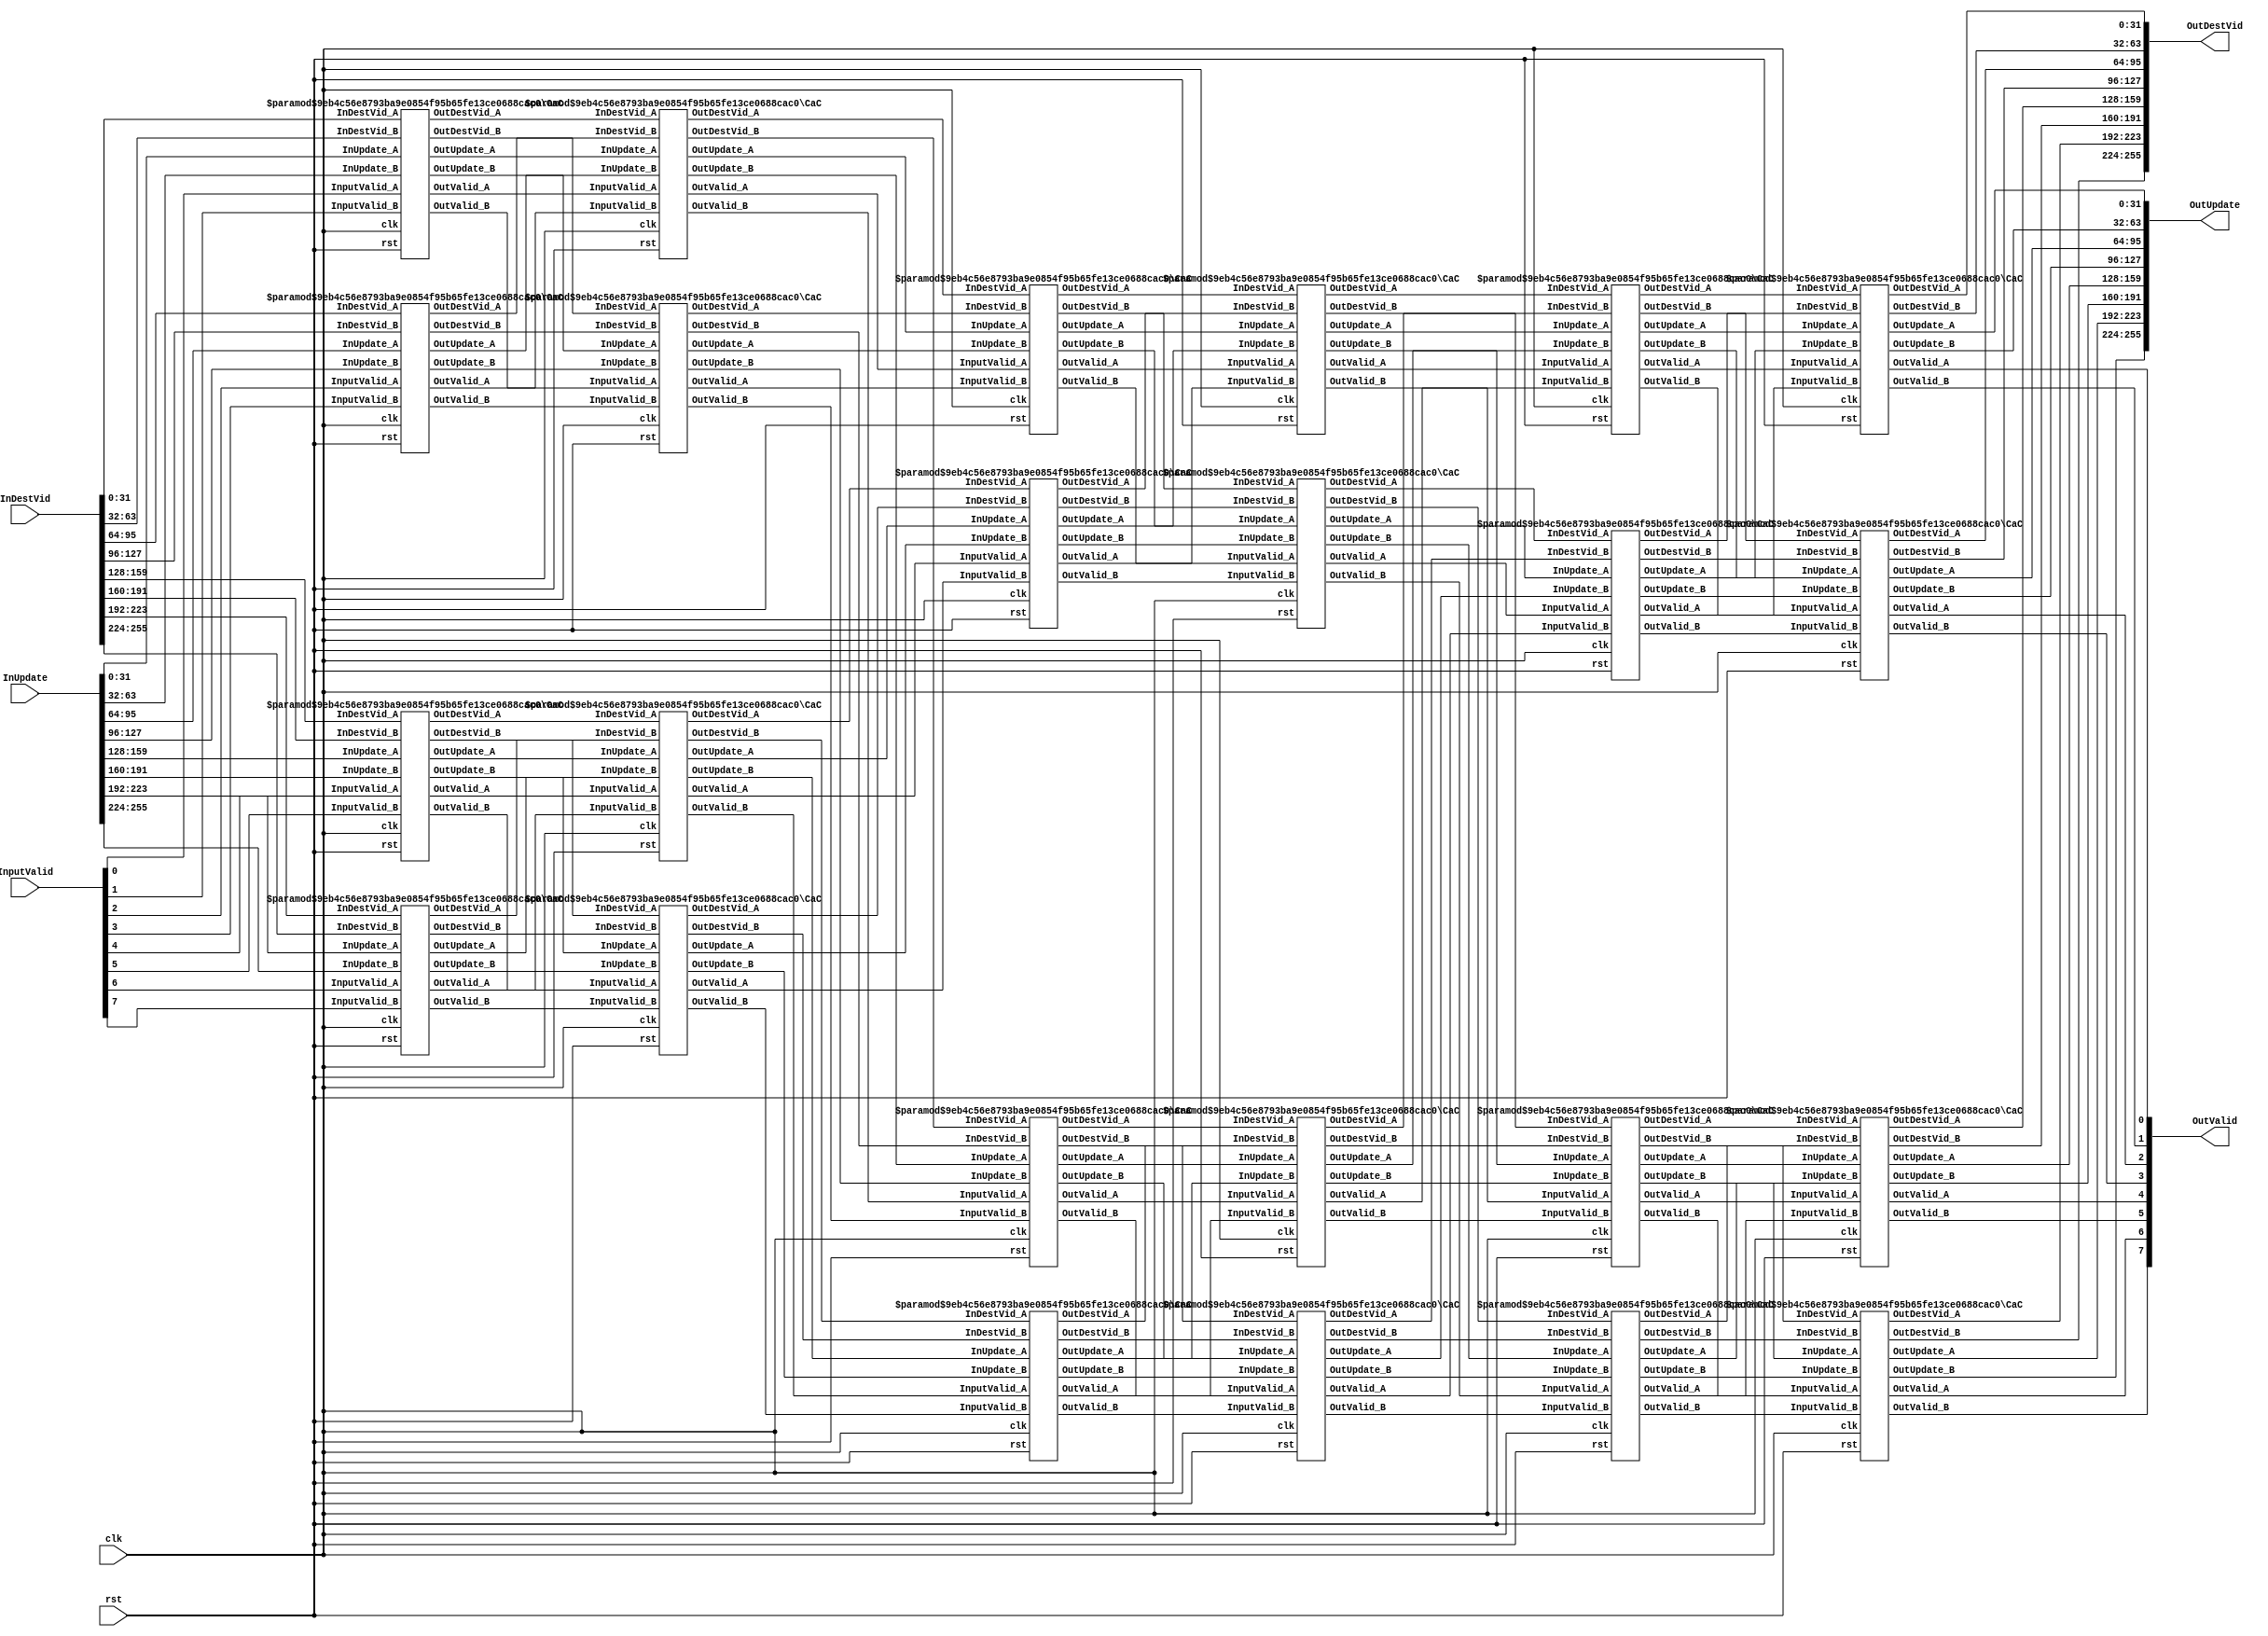
module CNx8 # (
	parameter DATA_W = 32,
	parameter PIPE_DEPTH = 5
)(
	input wire          			clk,
    input wire          			rst,    
    input wire  [7:0]         		InputValid,
	input wire  [DATA_W*8-1:0]   	InDestVid,    
    input wire  [DATA_W*8-1:0]   	InUpdate,    
    output wire [DATA_W*8-1:0]   	OutUpdate,
    output wire [DATA_W*8-1:0]  	OutDestVid,
	output wire [7:0]  				OutValid
);

wire [7:0]  			Valid_wire  	[4:0];
wire [DATA_W*8-1:0] 	Update_wire 	[4:0];
wire [DATA_W*8-1:0] 	DestVid_wire 	[4:0];
    
// stage 0 
CaC #(.DATA_W(DATA_W), .PIPE_DEPTH(PIPE_DEPTH))
stage00 (
	.clk(clk),
	.rst(rst),
	.InputValid_A(InputValid[0:0]),
	.InputValid_B(InputValid[1:1]),
	.InDestVid_A(InDestVid[DATA_W*0+DATA_W-1:DATA_W*0]),
	.InDestVid_B(InDestVid[DATA_W*1+DATA_W-1:DATA_W*1]),
	.InUpdate_A(InUpdate[DATA_W*0+DATA_W-1:DATA_W*0]),
	.InUpdate_B(InUpdate[DATA_W*1+DATA_W-1:DATA_W*1]),
	.OutUpdate_A(Update_wire[0][DATA_W*0+DATA_W-1:DATA_W*0]),
	.OutUpdate_B(Update_wire[0][DATA_W*1+DATA_W-1:DATA_W*1]),
	.OutDestVid_A(DestVid_wire[0][DATA_W*0+DATA_W-1:DATA_W*0]),
	.OutDestVid_B(DestVid_wire[0][DATA_W*1+DATA_W-1:DATA_W*1]),
	.OutValid_A(Valid_wire[0][0:0]),
	.OutValid_B(Valid_wire[0][1:1])
);

CaC #(.DATA_W(DATA_W), .PIPE_DEPTH(PIPE_DEPTH))
stage01 (
	.clk(clk),
	.rst(rst),
	.InputValid_A(InputValid[2:2]),
	.InputValid_B(InputValid[3:3]),
	.InDestVid_A(InDestVid[DATA_W*2+DATA_W-1:DATA_W*2]),
	.InDestVid_B(InDestVid[DATA_W*3+DATA_W-1:DATA_W*3]),
	.InUpdate_A(InUpdate[DATA_W*2+DATA_W-1:DATA_W*2]),
	.InUpdate_B(InUpdate[DATA_W*3+DATA_W-1:DATA_W*3]),
	.OutUpdate_A(Update_wire[0][DATA_W*2+DATA_W-1:DATA_W*2]),
	.OutUpdate_B(Update_wire[0][DATA_W*3+DATA_W-1:DATA_W*3]),
	.OutDestVid_A(DestVid_wire[0][DATA_W*2+DATA_W-1:DATA_W*2]),
	.OutDestVid_B(DestVid_wire[0][DATA_W*3+DATA_W-1:DATA_W*3]),
	.OutValid_A(Valid_wire[0][2:2]),
	.OutValid_B(Valid_wire[0][3:3])
);

CaC #(.DATA_W(DATA_W), .PIPE_DEPTH(PIPE_DEPTH))
stage02 (
	.clk(clk),
	.rst(rst),
	.InputValid_A(InputValid[4:4]),
	.InputValid_B(InputValid[5:5]),
	.InDestVid_A(InDestVid[DATA_W*4+DATA_W-1:DATA_W*4]),
	.InDestVid_B(InDestVid[DATA_W*5+DATA_W-1:DATA_W*5]),
	.InUpdate_A(InUpdate[DATA_W*4+DATA_W-1:DATA_W*4]),
	.InUpdate_B(InUpdate[DATA_W*5+DATA_W-1:DATA_W*5]),
	.OutUpdate_A(Update_wire[0][DATA_W*4+DATA_W-1:DATA_W*4]),
	.OutUpdate_B(Update_wire[0][DATA_W*5+DATA_W-1:DATA_W*5]),
	.OutDestVid_A(DestVid_wire[0][DATA_W*4+DATA_W-1:DATA_W*4]),
	.OutDestVid_B(DestVid_wire[0][DATA_W*5+DATA_W-1:DATA_W*5]),
	.OutValid_A(Valid_wire[0][4:4]),
	.OutValid_B(Valid_wire[0][5:5])
);

CaC #(.DATA_W(DATA_W), .PIPE_DEPTH(PIPE_DEPTH))
stage03 (
	.clk(clk),
	.rst(rst),
	.InputValid_A(InputValid[6:6]),
	.InputValid_B(InputValid[7:7]),
	.InDestVid_A(InDestVid[DATA_W*6+DATA_W-1:DATA_W*6]),
	.InDestVid_B(InDestVid[DATA_W*7+DATA_W-1:DATA_W*7]),
	.InUpdate_A(InUpdate[DATA_W*6+DATA_W-1:DATA_W*6]),
	.InUpdate_B(InUpdate[DATA_W*7+DATA_W-1:DATA_W*7]),
	.OutUpdate_A(Update_wire[0][DATA_W*6+DATA_W-1:DATA_W*6]),
	.OutUpdate_B(Update_wire[0][DATA_W*7+DATA_W-1:DATA_W*7]),
	.OutDestVid_A(DestVid_wire[0][DATA_W*6+DATA_W-1:DATA_W*6]),
	.OutDestVid_B(DestVid_wire[0][DATA_W*7+DATA_W-1:DATA_W*7]),
	.OutValid_A(Valid_wire[0][6:6]),
	.OutValid_B(Valid_wire[0][7:7])
);

// stage 1
CaC #(.DATA_W(DATA_W), .PIPE_DEPTH(PIPE_DEPTH))
stage10 (
	.clk(clk),
	.rst(rst),
	.InputValid_A(Valid_wire[0][0:0]),
	.InputValid_B(Valid_wire[0][2:2]),
	.InDestVid_A(DestVid_wire[0][DATA_W*0+DATA_W-1:DATA_W*0]),
	.InDestVid_B(DestVid_wire[0][DATA_W*2+DATA_W-1:DATA_W*2]),
	.InUpdate_A(Update_wire[0][DATA_W*0+DATA_W-1:DATA_W*0]),
	.InUpdate_B(Update_wire[0][DATA_W*2+DATA_W-1:DATA_W*2]),
	.OutUpdate_A(Update_wire[1][DATA_W*0+DATA_W-1:DATA_W*0]),
	.OutUpdate_B(Update_wire[1][DATA_W*2+DATA_W-1:DATA_W*2]),
	.OutDestVid_A(DestVid_wire[1][DATA_W*0+DATA_W-1:DATA_W*0]),
	.OutDestVid_B(DestVid_wire[1][DATA_W*2+DATA_W-1:DATA_W*2]),
	.OutValid_A(Valid_wire[1][0:0]),
	.OutValid_B(Valid_wire[1][2:2])
);

CaC #(.DATA_W(DATA_W), .PIPE_DEPTH(PIPE_DEPTH))
stage11 (
	.clk(clk),
	.rst(rst),
	.InputValid_A(Valid_wire[0][1:1]),
	.InputValid_B(Valid_wire[0][3:3]),
	.InDestVid_A(DestVid_wire[0][DATA_W*1+DATA_W-1:DATA_W*1]),
	.InDestVid_B(DestVid_wire[0][DATA_W*3+DATA_W-1:DATA_W*3]),
	.InUpdate_A(Update_wire[0][DATA_W*1+DATA_W-1:DATA_W*1]),
	.InUpdate_B(Update_wire[0][DATA_W*3+DATA_W-1:DATA_W*3]),
	.OutUpdate_A(Update_wire[1][DATA_W*1+DATA_W-1:DATA_W*1]),
	.OutUpdate_B(Update_wire[1][DATA_W*3+DATA_W-1:DATA_W*3]),
	.OutDestVid_A(DestVid_wire[1][DATA_W*1+DATA_W-1:DATA_W*1]),
	.OutDestVid_B(DestVid_wire[1][DATA_W*3+DATA_W-1:DATA_W*3]),
	.OutValid_A(Valid_wire[1][1:1]),
	.OutValid_B(Valid_wire[1][3:3])
);

CaC #(.DATA_W(DATA_W), .PIPE_DEPTH(PIPE_DEPTH))
stage12 (
	.clk(clk),
	.rst(rst),
	.InputValid_A(Valid_wire[0][4:4]),
	.InputValid_B(Valid_wire[0][6:6]),
	.InDestVid_A(DestVid_wire[0][DATA_W*4+DATA_W-1:DATA_W*4]),
	.InDestVid_B(DestVid_wire[0][DATA_W*6+DATA_W-1:DATA_W*6]),
	.InUpdate_A(Update_wire[0][DATA_W*4+DATA_W-1:DATA_W*4]),
	.InUpdate_B(Update_wire[0][DATA_W*6+DATA_W-1:DATA_W*6]),
	.OutUpdate_A(Update_wire[1][DATA_W*4+DATA_W-1:DATA_W*4]),
	.OutUpdate_B(Update_wire[1][DATA_W*6+DATA_W-1:DATA_W*6]),
	.OutDestVid_A(DestVid_wire[1][DATA_W*4+DATA_W-1:DATA_W*4]),
	.OutDestVid_B(DestVid_wire[1][DATA_W*6+DATA_W-1:DATA_W*6]),
	.OutValid_A(Valid_wire[1][4:4]),
	.OutValid_B(Valid_wire[1][6:6])
);

CaC #(.DATA_W(DATA_W), .PIPE_DEPTH(PIPE_DEPTH))
stage13 (
	.clk(clk),
	.rst(rst),
	.InputValid_A(Valid_wire[0][5:5]),
	.InputValid_B(Valid_wire[0][7:7]),
	.InDestVid_A(DestVid_wire[0][DATA_W*5+DATA_W-1:DATA_W*5]),
	.InDestVid_B(DestVid_wire[0][DATA_W*7+DATA_W-1:DATA_W*7]),
	.InUpdate_A(Update_wire[0][DATA_W*5+DATA_W-1:DATA_W*5]),
	.InUpdate_B(Update_wire[0][DATA_W*7+DATA_W-1:DATA_W*7]),
	.OutUpdate_A(Update_wire[1][DATA_W*5+DATA_W-1:DATA_W*5]),
	.OutUpdate_B(Update_wire[1][DATA_W*7+DATA_W-1:DATA_W*7]),
	.OutDestVid_A(DestVid_wire[1][DATA_W*5+DATA_W-1:DATA_W*5]),
	.OutDestVid_B(DestVid_wire[1][DATA_W*7+DATA_W-1:DATA_W*7]),
	.OutValid_A(Valid_wire[1][5:5]),
	.OutValid_B(Valid_wire[1][7:7])
);

// stage 2
CaC #(.DATA_W(DATA_W), .PIPE_DEPTH(PIPE_DEPTH))
stage20 (
	.clk(clk),
	.rst(rst),
	.InputValid_A(Valid_wire[1][0:0]),
	.InputValid_B(Valid_wire[1][1:1]),
	.InDestVid_A(DestVid_wire[1][DATA_W*0+DATA_W-1:DATA_W*0]),
	.InDestVid_B(DestVid_wire[1][DATA_W*1+DATA_W-1:DATA_W*1]),
	.InUpdate_A(Update_wire[1][DATA_W*0+DATA_W-1:DATA_W*0]),
	.InUpdate_B(Update_wire[1][DATA_W*1+DATA_W-1:DATA_W*1]),
	.OutUpdate_A(Update_wire[2][DATA_W*0+DATA_W-1:DATA_W*0]),
	.OutUpdate_B(Update_wire[2][DATA_W*1+DATA_W-1:DATA_W*1]),
	.OutDestVid_A(DestVid_wire[2][DATA_W*0+DATA_W-1:DATA_W*0]),
	.OutDestVid_B(DestVid_wire[2][DATA_W*1+DATA_W-1:DATA_W*1]),
	.OutValid_A(Valid_wire[2][0:0]),
	.OutValid_B(Valid_wire[2][1:1])
);

CaC #(.DATA_W(DATA_W), .PIPE_DEPTH(PIPE_DEPTH))
stage21 (
	.clk(clk),
	.rst(rst),
	.InputValid_A(Valid_wire[1][2:2]),
	.InputValid_B(Valid_wire[1][3:3]),
	.InDestVid_A(DestVid_wire[1][DATA_W*2+DATA_W-1:DATA_W*2]),
	.InDestVid_B(DestVid_wire[1][DATA_W*3+DATA_W-1:DATA_W*3]),
	.InUpdate_A(Update_wire[1][DATA_W*2+DATA_W-1:DATA_W*2]),
	.InUpdate_B(Update_wire[1][DATA_W*3+DATA_W-1:DATA_W*3]),
	.OutUpdate_A(Update_wire[2][DATA_W*2+DATA_W-1:DATA_W*2]),
	.OutUpdate_B(Update_wire[2][DATA_W*3+DATA_W-1:DATA_W*3]),
	.OutDestVid_A(DestVid_wire[2][DATA_W*2+DATA_W-1:DATA_W*2]),
	.OutDestVid_B(DestVid_wire[2][DATA_W*3+DATA_W-1:DATA_W*3]),
	.OutValid_A(Valid_wire[2][2:2]),
	.OutValid_B(Valid_wire[2][3:3])
);

CaC #(.DATA_W(DATA_W), .PIPE_DEPTH(PIPE_DEPTH))
stage22 (
	.clk(clk),
	.rst(rst),
	.InputValid_A(Valid_wire[1][4:4]),
	.InputValid_B(Valid_wire[1][5:5]),
	.InDestVid_A(DestVid_wire[1][DATA_W*4+DATA_W-1:DATA_W*4]),
	.InDestVid_B(DestVid_wire[1][DATA_W*5+DATA_W-1:DATA_W*5]),
	.InUpdate_A(Update_wire[1][DATA_W*4+DATA_W-1:DATA_W*4]),
	.InUpdate_B(Update_wire[1][DATA_W*5+DATA_W-1:DATA_W*5]),
	.OutUpdate_A(Update_wire[2][DATA_W*4+DATA_W-1:DATA_W*4]),
	.OutUpdate_B(Update_wire[2][DATA_W*5+DATA_W-1:DATA_W*5]),
	.OutDestVid_A(DestVid_wire[2][DATA_W*4+DATA_W-1:DATA_W*4]),
	.OutDestVid_B(DestVid_wire[2][DATA_W*5+DATA_W-1:DATA_W*5]),
	.OutValid_A(Valid_wire[2][4:4]),
	.OutValid_B(Valid_wire[2][5:5])
);

CaC #(.DATA_W(DATA_W), .PIPE_DEPTH(PIPE_DEPTH))
stage23 (
	.clk(clk),
	.rst(rst),
	.InputValid_A(Valid_wire[1][6:6]),
	.InputValid_B(Valid_wire[1][7:7]),
	.InDestVid_A(DestVid_wire[1][DATA_W*6+DATA_W-1:DATA_W*6]),
	.InDestVid_B(DestVid_wire[1][DATA_W*7+DATA_W-1:DATA_W*7]),
	.InUpdate_A(Update_wire[1][DATA_W*6+DATA_W-1:DATA_W*6]),
	.InUpdate_B(Update_wire[1][DATA_W*7+DATA_W-1:DATA_W*7]),
	.OutUpdate_A(Update_wire[2][DATA_W*6+DATA_W-1:DATA_W*6]),
	.OutUpdate_B(Update_wire[2][DATA_W*7+DATA_W-1:DATA_W*7]),
	.OutDestVid_A(DestVid_wire[2][DATA_W*6+DATA_W-1:DATA_W*6]),
	.OutDestVid_B(DestVid_wire[2][DATA_W*7+DATA_W-1:DATA_W*7]),
	.OutValid_A(Valid_wire[2][6:6]),
	.OutValid_B(Valid_wire[2][7:7])
);

// stage 3
CaC #(.DATA_W(DATA_W), .PIPE_DEPTH(PIPE_DEPTH))
stage30 (
	.clk(clk),
	.rst(rst),
	.InputValid_A(Valid_wire[2][0:0]),
	.InputValid_B(Valid_wire[2][4:4]),
	.InDestVid_A(DestVid_wire[2][DATA_W*0+DATA_W-1:DATA_W*0]),
	.InDestVid_B(DestVid_wire[2][DATA_W*4+DATA_W-1:DATA_W*4]),
	.InUpdate_A(Update_wire[2][DATA_W*0+DATA_W-1:DATA_W*0]),
	.InUpdate_B(Update_wire[2][DATA_W*4+DATA_W-1:DATA_W*4]),
	.OutUpdate_A(Update_wire[3][DATA_W*0+DATA_W-1:DATA_W*0]),
	.OutUpdate_B(Update_wire[3][DATA_W*4+DATA_W-1:DATA_W*4]),
	.OutDestVid_A(DestVid_wire[3][DATA_W*0+DATA_W-1:DATA_W*0]),
	.OutDestVid_B(DestVid_wire[3][DATA_W*4+DATA_W-1:DATA_W*4]),
	.OutValid_A(Valid_wire[3][0:0]),
	.OutValid_B(Valid_wire[3][4:4])
);

CaC #(.DATA_W(DATA_W), .PIPE_DEPTH(PIPE_DEPTH))
stage31 (
	.clk(clk),
	.rst(rst),
	.InputValid_A(Valid_wire[2][1:1]),
	.InputValid_B(Valid_wire[2][5:5]),
	.InDestVid_A(DestVid_wire[2][DATA_W*1+DATA_W-1:DATA_W*1]),
	.InDestVid_B(DestVid_wire[2][DATA_W*5+DATA_W-1:DATA_W*5]),
	.InUpdate_A(Update_wire[2][DATA_W*1+DATA_W-1:DATA_W*1]),
	.InUpdate_B(Update_wire[2][DATA_W*5+DATA_W-1:DATA_W*5]),
	.OutUpdate_A(Update_wire[3][DATA_W*1+DATA_W-1:DATA_W*1]),
	.OutUpdate_B(Update_wire[3][DATA_W*5+DATA_W-1:DATA_W*5]),
	.OutDestVid_A(DestVid_wire[3][DATA_W*1+DATA_W-1:DATA_W*1]),
	.OutDestVid_B(DestVid_wire[3][DATA_W*5+DATA_W-1:DATA_W*5]),
	.OutValid_A(Valid_wire[3][1:1]),
	.OutValid_B(Valid_wire[3][5:5])
);

CaC #(.DATA_W(DATA_W), .PIPE_DEPTH(PIPE_DEPTH))
stage32 (
	.clk(clk),
	.rst(rst),
	.InputValid_A(Valid_wire[2][2:2]),
	.InputValid_B(Valid_wire[2][6:6]),
	.InDestVid_A(DestVid_wire[2][DATA_W*2+DATA_W-1:DATA_W*2]),
	.InDestVid_B(DestVid_wire[2][DATA_W*6+DATA_W-1:DATA_W*6]),
	.InUpdate_A(Update_wire[2][DATA_W*2+DATA_W-1:DATA_W*2]),
	.InUpdate_B(Update_wire[2][DATA_W*6+DATA_W-1:DATA_W*6]),
	.OutUpdate_A(Update_wire[3][DATA_W*2+DATA_W-1:DATA_W*2]),
	.OutUpdate_B(Update_wire[3][DATA_W*6+DATA_W-1:DATA_W*6]),
	.OutDestVid_A(DestVid_wire[3][DATA_W*2+DATA_W-1:DATA_W*2]),
	.OutDestVid_B(DestVid_wire[3][DATA_W*6+DATA_W-1:DATA_W*6]),
	.OutValid_A(Valid_wire[3][2:2]),
	.OutValid_B(Valid_wire[3][6:6])
);

CaC #(.DATA_W(DATA_W), .PIPE_DEPTH(PIPE_DEPTH))
stage33 (
	.clk(clk),
	.rst(rst),
	.InputValid_A(Valid_wire[2][3:3]),
	.InputValid_B(Valid_wire[2][7:7]),
	.InDestVid_A(DestVid_wire[2][DATA_W*3+DATA_W-1:DATA_W*3]),
	.InDestVid_B(DestVid_wire[2][DATA_W*7+DATA_W-1:DATA_W*7]),
	.InUpdate_A(Update_wire[2][DATA_W*3+DATA_W-1:DATA_W*3]),
	.InUpdate_B(Update_wire[2][DATA_W*7+DATA_W-1:DATA_W*7]),
	.OutUpdate_A(Update_wire[3][DATA_W*3+DATA_W-1:DATA_W*3]),
	.OutUpdate_B(Update_wire[3][DATA_W*7+DATA_W-1:DATA_W*7]),
	.OutDestVid_A(DestVid_wire[3][DATA_W*3+DATA_W-1:DATA_W*3]),
	.OutDestVid_B(DestVid_wire[3][DATA_W*7+DATA_W-1:DATA_W*7]),
	.OutValid_A(Valid_wire[3][3:3]),
	.OutValid_B(Valid_wire[3][7:7])
);

// stage 4
CaC #(.DATA_W(DATA_W), .PIPE_DEPTH(PIPE_DEPTH))
stage40 (
	.clk(clk),
	.rst(rst),
	.InputValid_A(Valid_wire[3][0:0]),
	.InputValid_B(Valid_wire[3][2:2]),
	.InDestVid_A(DestVid_wire[3][DATA_W*0+DATA_W-1:DATA_W*0]),
	.InDestVid_B(DestVid_wire[3][DATA_W*2+DATA_W-1:DATA_W*2]),
	.InUpdate_A(Update_wire[3][DATA_W*0+DATA_W-1:DATA_W*0]),
	.InUpdate_B(Update_wire[3][DATA_W*2+DATA_W-1:DATA_W*2]),
	.OutUpdate_A(Update_wire[4][DATA_W*0+DATA_W-1:DATA_W*0]),
	.OutUpdate_B(Update_wire[4][DATA_W*2+DATA_W-1:DATA_W*2]),
	.OutDestVid_A(DestVid_wire[4][DATA_W*0+DATA_W-1:DATA_W*0]),
	.OutDestVid_B(DestVid_wire[4][DATA_W*2+DATA_W-1:DATA_W*2]),
	.OutValid_A(Valid_wire[4][0:0]),
	.OutValid_B(Valid_wire[4][2:2])
);

CaC #(.DATA_W(DATA_W), .PIPE_DEPTH(PIPE_DEPTH))
stage41 (
	.clk(clk),
	.rst(rst),
	.InputValid_A(Valid_wire[3][1:1]),
	.InputValid_B(Valid_wire[3][3:3]),
	.InDestVid_A(DestVid_wire[3][DATA_W*1+DATA_W-1:DATA_W*1]),
	.InDestVid_B(DestVid_wire[3][DATA_W*3+DATA_W-1:DATA_W*3]),
	.InUpdate_A(Update_wire[3][DATA_W*1+DATA_W-1:DATA_W*1]),
	.InUpdate_B(Update_wire[3][DATA_W*3+DATA_W-1:DATA_W*3]),
	.OutUpdate_A(Update_wire[4][DATA_W*1+DATA_W-1:DATA_W*1]),
	.OutUpdate_B(Update_wire[4][DATA_W*3+DATA_W-1:DATA_W*3]),
	.OutDestVid_A(DestVid_wire[4][DATA_W*1+DATA_W-1:DATA_W*1]),
	.OutDestVid_B(DestVid_wire[4][DATA_W*3+DATA_W-1:DATA_W*3]),
	.OutValid_A(Valid_wire[4][1:1]),
	.OutValid_B(Valid_wire[4][3:3])
);

CaC #(.DATA_W(DATA_W), .PIPE_DEPTH(PIPE_DEPTH))
stage42 (
	.clk(clk),
	.rst(rst),
	.InputValid_A(Valid_wire[3][4:4]),
	.InputValid_B(Valid_wire[3][6:6]),
	.InDestVid_A(DestVid_wire[3][DATA_W*4+DATA_W-1:DATA_W*4]),
	.InDestVid_B(DestVid_wire[3][DATA_W*6+DATA_W-1:DATA_W*6]),
	.InUpdate_A(Update_wire[3][DATA_W*4+DATA_W-1:DATA_W*4]),
	.InUpdate_B(Update_wire[3][DATA_W*6+DATA_W-1:DATA_W*6]),
	.OutUpdate_A(Update_wire[4][DATA_W*4+DATA_W-1:DATA_W*4]),
	.OutUpdate_B(Update_wire[4][DATA_W*6+DATA_W-1:DATA_W*6]),
	.OutDestVid_A(DestVid_wire[4][DATA_W*4+DATA_W-1:DATA_W*4]),
	.OutDestVid_B(DestVid_wire[4][DATA_W*6+DATA_W-1:DATA_W*6]),
	.OutValid_A(Valid_wire[4][4:4]),
	.OutValid_B(Valid_wire[4][6:6])
);

CaC #(.DATA_W(DATA_W), .PIPE_DEPTH(PIPE_DEPTH))
stage43 (
	.clk(clk),
	.rst(rst),
	.InputValid_A(Valid_wire[3][5:5]),
	.InputValid_B(Valid_wire[3][7:7]),
	.InDestVid_A(DestVid_wire[3][DATA_W*5+DATA_W-1:DATA_W*5]),
	.InDestVid_B(DestVid_wire[3][DATA_W*7+DATA_W-1:DATA_W*7]),
	.InUpdate_A(Update_wire[3][DATA_W*5+DATA_W-1:DATA_W*5]),
	.InUpdate_B(Update_wire[3][DATA_W*7+DATA_W-1:DATA_W*7]),
	.OutUpdate_A(Update_wire[4][DATA_W*5+DATA_W-1:DATA_W*5]),
	.OutUpdate_B(Update_wire[4][DATA_W*7+DATA_W-1:DATA_W*7]),
	.OutDestVid_A(DestVid_wire[4][DATA_W*5+DATA_W-1:DATA_W*5]),
	.OutDestVid_B(DestVid_wire[4][DATA_W*7+DATA_W-1:DATA_W*7]),
	.OutValid_A(Valid_wire[4][5:5]),
	.OutValid_B(Valid_wire[4][7:7])
);

// stage 5
CaC #(.DATA_W(DATA_W), .PIPE_DEPTH(PIPE_DEPTH))
stage50 (
	.clk(clk),
	.rst(rst),
	.InputValid_A(Valid_wire[4][0:0]),
	.InputValid_B(Valid_wire[4][1:1]),
	.InDestVid_A(DestVid_wire[4][DATA_W*0+DATA_W-1:DATA_W*0]),
	.InDestVid_B(DestVid_wire[4][DATA_W*1+DATA_W-1:DATA_W*1]),
	.InUpdate_A(Update_wire[4][DATA_W*0+DATA_W-1:DATA_W*0]),
	.InUpdate_B(Update_wire[4][DATA_W*1+DATA_W-1:DATA_W*1]),
	.OutUpdate_A(OutUpdate[DATA_W*0+DATA_W-1:DATA_W*0]),
	.OutUpdate_B(OutUpdate[DATA_W*1+DATA_W-1:DATA_W*1]),
	.OutDestVid_A(OutDestVid[DATA_W*0+DATA_W-1:DATA_W*0]),
	.OutDestVid_B(OutDestVid[DATA_W*1+DATA_W-1:DATA_W*1]),
	.OutValid_A(OutValid[0:0]),
	.OutValid_B(OutValid[1:1])
);

CaC #(.DATA_W(DATA_W), .PIPE_DEPTH(PIPE_DEPTH))
stage51 (
	.clk(clk),
	.rst(rst),
	.InputValid_A(Valid_wire[4][2:2]),
	.InputValid_B(Valid_wire[4][3:3]),
	.InDestVid_A(DestVid_wire[4][DATA_W*2+DATA_W-1:DATA_W*2]),
	.InDestVid_B(DestVid_wire[4][DATA_W*3+DATA_W-1:DATA_W*3]),
	.InUpdate_A(Update_wire[4][DATA_W*2+DATA_W-1:DATA_W*2]),
	.InUpdate_B(Update_wire[4][DATA_W*3+DATA_W-1:DATA_W*3]),
	.OutUpdate_A(OutUpdate[DATA_W*2+DATA_W-1:DATA_W*2]),
	.OutUpdate_B(OutUpdate[DATA_W*3+DATA_W-1:DATA_W*3]),
	.OutDestVid_A(OutDestVid[DATA_W*2+DATA_W-1:DATA_W*2]),
	.OutDestVid_B(OutDestVid[DATA_W*3+DATA_W-1:DATA_W*3]),
	.OutValid_A(OutValid[2:2]),
	.OutValid_B(OutValid[3:3])
);

CaC #(.DATA_W(DATA_W), .PIPE_DEPTH(PIPE_DEPTH))
stage52 (
	.clk(clk),
	.rst(rst),
	.InputValid_A(Valid_wire[4][4:4]),
	.InputValid_B(Valid_wire[4][5:5]),
	.InDestVid_A(DestVid_wire[4][DATA_W*4+DATA_W-1:DATA_W*4]),
	.InDestVid_B(DestVid_wire[4][DATA_W*5+DATA_W-1:DATA_W*5]),
	.InUpdate_A(Update_wire[4][DATA_W*4+DATA_W-1:DATA_W*4]),
	.InUpdate_B(Update_wire[4][DATA_W*5+DATA_W-1:DATA_W*5]),
	.OutUpdate_A(OutUpdate[DATA_W*4+DATA_W-1:DATA_W*4]),
	.OutUpdate_B(OutUpdate[DATA_W*5+DATA_W-1:DATA_W*5]),
	.OutDestVid_A(OutDestVid[DATA_W*4+DATA_W-1:DATA_W*4]),
	.OutDestVid_B(OutDestVid[DATA_W*5+DATA_W-1:DATA_W*5]),
	.OutValid_A(OutValid[4:4]),
	.OutValid_B(OutValid[5:5])
);

CaC #(.DATA_W(DATA_W), .PIPE_DEPTH(PIPE_DEPTH))
stage53 (
	.clk(clk),
	.rst(rst),
	.InputValid_A(Valid_wire[4][6:6]),
	.InputValid_B(Valid_wire[4][7:7]),
	.InDestVid_A(DestVid_wire[4][DATA_W*6+DATA_W-1:DATA_W*6]),
	.InDestVid_B(DestVid_wire[4][DATA_W*7+DATA_W-1:DATA_W*7]),
	.InUpdate_A(Update_wire[4][DATA_W*6+DATA_W-1:DATA_W*6]),
	.InUpdate_B(Update_wire[4][DATA_W*7+DATA_W-1:DATA_W*7]),
	.OutUpdate_A(OutUpdate[DATA_W*6+DATA_W-1:DATA_W*6]),
	.OutUpdate_B(OutUpdate[DATA_W*7+DATA_W-1:DATA_W*7]),
	.OutDestVid_A(OutDestVid[DATA_W*6+DATA_W-1:DATA_W*6]),
	.OutDestVid_B(OutDestVid[DATA_W*7+DATA_W-1:DATA_W*7]),
	.OutValid_A(OutValid[6:6]),
	.OutValid_B(OutValid[7:7])
);

endmodule
module CaC # (
	parameter DATA_W = 32,
	parameter PIPE_DEPTH = 3
)(
	input wire          		clk,
    input wire          		rst,    
    input wire  [0:0]         	InputValid_A,
    input wire  [0:0]         	InputValid_B,
	input wire  [DATA_W-1:0]   	InDestVid_A,
    input wire  [DATA_W-1:0]   	InDestVid_B,
    input wire  [DATA_W-1:0]   	InUpdate_A,
    input wire  [DATA_W-1:0]   	InUpdate_B,
    output wire [DATA_W-1:0]   	OutUpdate_A,
    output wire [DATA_W-1:0]   	OutUpdate_B,
	output wire [DATA_W-1:0]  	OutDestVid_A,
    output wire [DATA_W-1:0]  	OutDestVid_B,
    output wire [0:0]  			OutValid_A,
	output wire [0:0]  			OutValid_B
);

reg [0:0]			Valid_reg_A 	[PIPE_DEPTH-1:0];
reg [0:0]			Valid_reg_B 	[PIPE_DEPTH-1:0];
reg [DATA_W-1:0]	DestVid_reg_A 	[PIPE_DEPTH-1:0];
reg [DATA_W-1:0]	DestVid_reg_B 	[PIPE_DEPTH-1:0];
reg [DATA_W-1:0]	Update_reg_A 	[PIPE_DEPTH-1:0];
reg [DATA_W-1:0]	Update_reg_B 	[PIPE_DEPTH-1:0];
reg [DATA_W-1:0]    result  [PIPE_DEPTH-1:0];
integer i;
wire [DATA_W-1:0] add_result; 
always @(posedge clk) begin
	if (rst) begin
		for(i=0; i<PIPE_DEPTH; i=i+1) begin 
            Valid_reg_A [i] <= 0;    
			Valid_reg_B [i] <= 0;
			DestVid_reg_A [i] <= 0;
			DestVid_reg_B [i] <= 0;
			Update_reg_A [i] <= 0;
			Update_reg_B [i] <= 0;
			result [i] <= 0;
        end 
	end	else begin
		Valid_reg_A[0] <= (InputValid_A & InputValid_B & InDestVid_B<InDestVid_A) ? InputValid_B : InputValid_A;
		Valid_reg_B[0] <= (InputValid_A & InputValid_B & InDestVid_B<InDestVid_A) ? InputValid_A : InputValid_B;
		DestVid_reg_A[0] <= (InputValid_A & InputValid_B & InDestVid_B<InDestVid_A) ? InDestVid_B : InDestVid_A;
		DestVid_reg_B[0] <= (InputValid_A & InputValid_B & InDestVid_B<InDestVid_A) ? InDestVid_A : InDestVid_B;
		Update_reg_A [0] <= (InputValid_A & InputValid_B & InDestVid_B<InDestVid_A) ? InUpdate_B : InUpdate_A;
		Update_reg_B [0] <= (InputValid_A & InputValid_B & InDestVid_B<InDestVid_A) ? InUpdate_A : InUpdate_B;
		result [0] <= add_result;
		for(i=1; i<PIPE_DEPTH; i=i+1) begin 
            Valid_reg_A [i] <= Valid_reg_A [i-1];    
			Valid_reg_B [i] <= Valid_reg_B [i-1];
			DestVid_reg_A [i] <= DestVid_reg_A [i-1];
			DestVid_reg_B [i] <= DestVid_reg_B [i-1];
			Update_reg_A [i] <= Update_reg_A [i-1];
			Update_reg_B [i] <= Update_reg_B [i-1];
			result [i] <= result [i - 1];
        end 		
	end
end
	

	
combine_unit combiner(
    .clk    (clk),    
    .update_A (InUpdate_A),    
    .update_B (InUpdate_B),                          
    .combined_update (add_result)
);  

assign OutDestVid_A = 	DestVid_reg_A[PIPE_DEPTH-1];
assign OutDestVid_B = 	DestVid_reg_B[PIPE_DEPTH-1];
assign OutValid_A	= 	Valid_reg_A[PIPE_DEPTH-1];
assign OutValid_B 	= 	(Valid_reg_A[PIPE_DEPTH-1] & Valid_reg_B[PIPE_DEPTH-1] & (DestVid_reg_A[PIPE_DEPTH-1]==DestVid_reg_B[PIPE_DEPTH-1])) ? 1'b0 : Valid_reg_B[PIPE_DEPTH-1];
assign OutUpdate_A 	= 	(Valid_reg_A[PIPE_DEPTH-1] & Valid_reg_B[PIPE_DEPTH-1] & (DestVid_reg_A[PIPE_DEPTH-1]==DestVid_reg_B[PIPE_DEPTH-1])) ? result[PIPE_DEPTH-1] : Update_reg_A [PIPE_DEPTH-1];
assign OutUpdate_B 	= 	(Valid_reg_A[PIPE_DEPTH-1] & Valid_reg_B[PIPE_DEPTH-1] & (DestVid_reg_A[PIPE_DEPTH-1]==DestVid_reg_B[PIPE_DEPTH-1])) ? 0 : Update_reg_B [PIPE_DEPTH-1];
	
endmodule

module combine_unit (
 	 input wire clk,
 	 input wire [31:0] update_A, 
 	 input wire [31:0] update_B, 
 	 input wire rst,
	 output wire [31:0] combined_update
);
	add add(
	.clk(clk),
	.a(update_A),
	.b(update_B),
	.q(combined_update),
	.areset(rst),
	.en(1'b1));
endmodule

module add(
	input wire clk,
	input wire [31 : 0] a,
	input wire [31 : 0] b,
	input wire areset,
	input wire en,
	output reg [31 : 0] q

);
	always @(posedge clk)begin
		if (areset)begin
		  q <= 0;
		end
		else begin
			if (en)begin
			  q <= a + b;
			end
		end
	end
endmodule